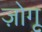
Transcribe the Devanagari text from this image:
ज़ोगू